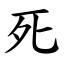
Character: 死